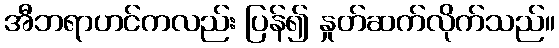
အီဘရာဟင်ကလည်း ပြန်၍ နှုတ်ဆက်လိုက်သည်။